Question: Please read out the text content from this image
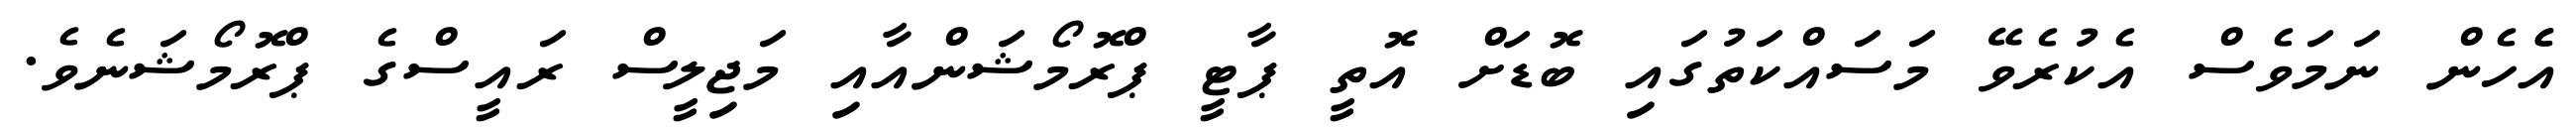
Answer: އެެހެން ނަމަވެސް އެކުރެވޭ މަސައްކަތުގައި ބޮޑަށް އޮތީ ޕާޓީ ޕްރޮމޯޝަންއާއި މަޖިލީސް ރައީސްގެ ޕްރޮމޯޝަނެވެ.